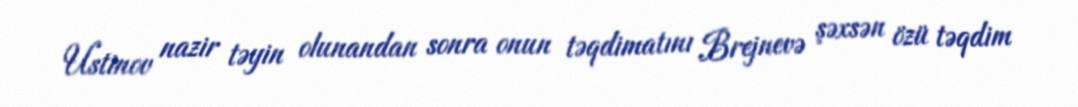
Ustinov nazir təyin olunandan sonra onun təqdimatını Brejnevə şəxsən özü təqdim